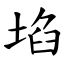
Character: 埳